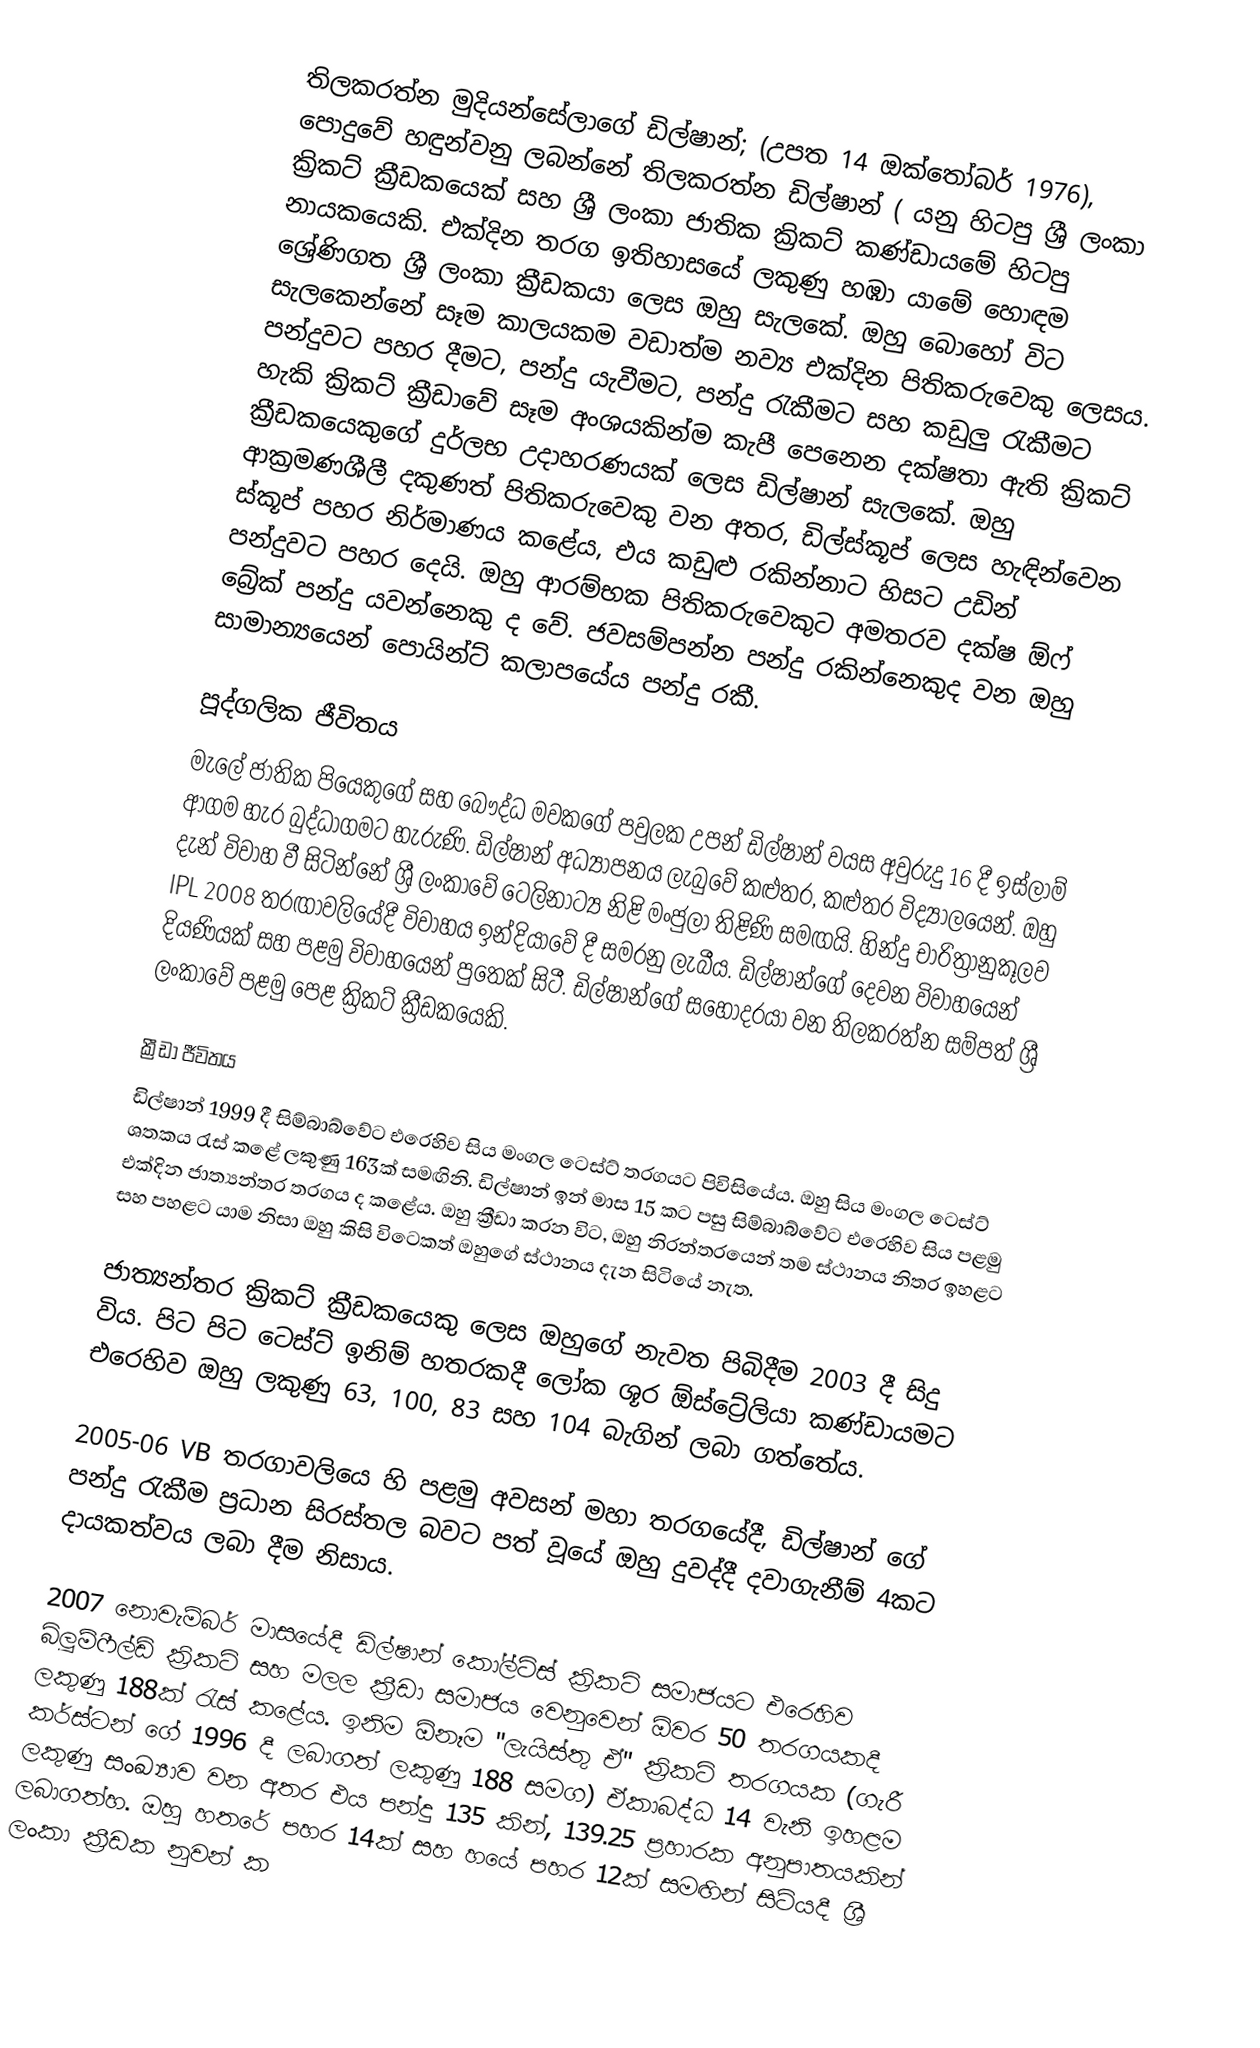
තිලකරත්න මුදියන්සේලාගේ ඩිල්ෂාන්; (උපත 14 ඔක්තෝබර් 1976), පොදුවේ හඳුන්වනු ලබන්නේ තිලකරත්න ඩිල්ෂාන් ( යනු හිටපු ශ්‍රී ලංකා ක්‍රිකට් ක්‍රීඩකයෙක් සහ ශ්‍රී ලංකා ජාතික ක්‍රිකට් කණ්ඩායමේ හිටපු නායකයෙකි. එක්දින තරග ඉතිහාසයේ ලකුණු හඹා යාමේ හොඳම ශ්‍රේණිගත ශ්‍රී ලංකා ක්‍රීඩකයා ලෙස ඔහු සැලකේ. ඔහු බොහෝ විට සැලකෙන්නේ සෑම කාලයකම වඩාත්ම නව්‍ය එක්දින පිතිකරුවෙකු ලෙසය. පන්දුවට පහර දීමට, පන්දු යැවීමට, පන්දු රැකීමට සහ කඩුලු රැකීමට හැකි ක්‍රිකට් ක්‍රීඩාවේ සෑම අංශයකින්ම කැපී පෙනෙන දක්ෂතා ඇති ක්‍රිකට් ක්‍රීඩකයෙකුගේ දුර්ලභ උදාහරණයක් ලෙස ඩිල්ෂාන් සැලකේ. ඔහු ආක්‍රමණශීලී දකුණත් පිතිකරුවෙකු වන අතර, ඩිල්ස්කූප් ලෙස හැඳින්වෙන ස්කූප් පහර නිර්මාණය කළේය, එය කඩුළු රකින්නාට හිසට උඩින් පන්දුවට පහර දෙයි. ඔහු ආරම්භක පිතිකරුවෙකුට අමතරව දක්ෂ ඕෆ් බ්‍රේක් පන්දු යවන්නෙකු ද වේ. ජවසම්පන්න පන්දු රකින්නෙකුද වන  ඔහු සාමාන්‍යයෙන් පොයින්ට් කලාපයේය පන්දු රකී.

පූද්ගලික ජීවිතය
මැලේ ජාතික පියෙකුගේ සහ බෞද්ධ මවකගේ පවුලක උපන් ඩිල්ෂාන් වයස අවුරුදු 16 දී ඉස්ලාම් ආගම හැර බුද්ධාගමට හැරුණි. ඩිල්ෂාන් අධ්‍යාපනය ලැබුවේ කළුතර, කළුතර විද්‍යාලයෙන්. ඔහු දැන් විවාහ වී සිටින්නේ ශ්‍රී ලංකාවේ ටෙලිනාට්‍ය නිළි මංජුලා තිළිණි සමඟයි. හින්දු චාරිත්‍රානුකූලව IPL 2008 තරඟාවලියේදී විවාහය ඉන්දියාවේ දී සමරනු ලැබීය. ඩිල්ෂාන්ගේ දෙවන විවාහයෙන් දියණියක් සහ පළමු විවාහයෙන් පුතෙක් සිටී. ඩිල්ෂාන්ගේ සහෝදරයා වන තිලකරත්න සම්පත් ශ්‍රී ලංකාවේ පළමු පෙළ ක්‍රිකට් ක්‍රීඩකයෙකි.

ක්‍රීඩා ජීවිතය
ඩිල්ෂාන් 1999 දී සිම්බාබ්වේට එරෙහිව සිය මංගල ටෙස්ට් තරගයට පිවිසියේය. ඔහු සිය මංගල ටෙස්ට් ශතකය රැස් කළේ ලකුණු 163ක් සමඟිනි. ඩිල්ෂාන් ඉන් මාස 15 කට පසු සිම්බාබ්වේට එරෙහිව සිය පළමු එක්දින ජාත්‍යන්තර තරගය ද කළේය. ඔහු ක්‍රීඩා කරන විට, ඔහු නිරන්තරයෙන් තම ස්ථානය නිතර ඉහළට සහ පහළට යාම නිසා ඔහු කිසි විටෙකත් ඔහුගේ ස්ථානය දැන සිටියේ නැත.

ජාත්‍යන්තර ක්‍රිකට් ක්‍රීඩකයෙකු ලෙස ඔහුගේ නැවත පිබිදීම 2003 දී සිදු විය. පිට පිට ටෙස්ට් ඉනිම් හතරකදී ලෝක ශූර ඕස්ට්‍රේලියා කණ්ඩායමට එරෙහිව ඔහු ලකුණු 63, 100, 83 සහ 104 බැගින් ලබා ගත්තේය.

2005-06 VB තරගාවලියෙ හි පළමු අවසන් මහා තරගයේදී, ඩිල්ෂාන් ගේ පන්දු රැකීම ප්‍රධාන සිරස්තල බවට පත් වූයේ ඔහු දුවද්දී දවාගැනීම් 4කට දායකත්වය ලබා දීම නිසාය.

2007 නොවැම්බර් මාසයේදී ඩිල්ෂාන් කෝල්ට්ස් ක්‍රිකට් සමාජයට එරෙහිව බ්ලූම්ෆීල්ඩ් ක්‍රිකට් සහ මලල ක්‍රීඩා සමාජය වෙනුවෙන් ඕවර 50 තරගයකදී ලකුණු 188ක් රැස් කළේය. ඉනිම ඕනෑම "ලැයිස්තු ඒ" ක්‍රිකට් තරගයක (ගැරී කර්ස්ටන් ගේ 1996 දී ලබාගත් ලකුණු 188 සමග) ඒකාබද්ධ 14 වැනි ඉහළම ලකුණු සංඛ්‍යාව වන අතර එය පන්දු 135 කින්, 139.25 ප්‍රහාරක අනුපාතයකින් ලබාගත්හ. ඔහු හතරේ පහර 14ක් සහ හයේ පහර 12ක් සමඟින් සිටියදී ශ්‍රී ලංකා ක්‍රීඩක නුවන් ක